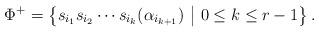
LaTeX: \begin{align*} \Phi^+ = \left\{s_{i_1}s_{i_2}\cdots s_{i_k}(\alpha _{i_{k+1}})\ \middle\vert\ 0\leq k \leq r-1\right\}.\end{align*}